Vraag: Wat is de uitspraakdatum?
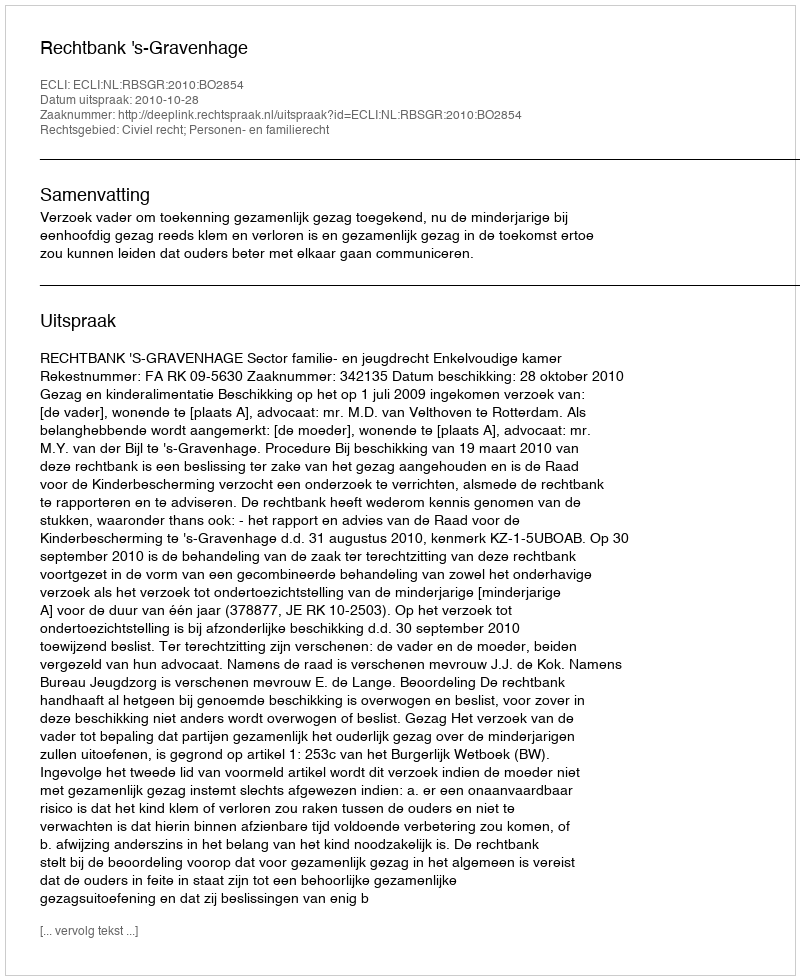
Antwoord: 2010-10-28